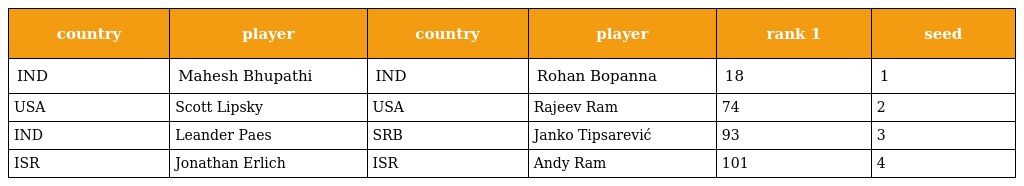
| country | player | country | player | rank 1 | seed |
 | --- | --- | --- | --- | --- | --- |
 | IND | Mahesh Bhupathi | IND | Rohan Bopanna | 18 | 1 |
 | USA | Scott Lipsky | USA | Rajeev Ram | 74 | 2 |
 | IND | Leander Paes | SRB | Janko Tipsarević | 93 | 3 |
 | ISR | Jonathan Erlich | ISR | Andy Ram | 101 | 4 |